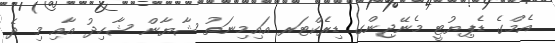
އެމްގެ ޑެޕިޔުޓީ މެނޭޖިންގ ޑިރެކްޓަރ އައިމިނަތު ޝާޔާން ޝާހިދު އާއި މި ދެ